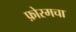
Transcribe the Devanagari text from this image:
फ़ोरमचा